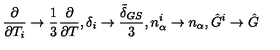
\frac { \partial } { \partial { T _ { i } } } \rightarrow \frac { 1 } { 3 } \frac { \partial } { \partial { T } } , \delta _ { i } \rightarrow \frac { \tilde { \delta } _ { G S } } { 3 } , n _ { \alpha } ^ { i } \rightarrow n _ { \alpha } , \hat { G } ^ { i } \rightarrow \hat { G }